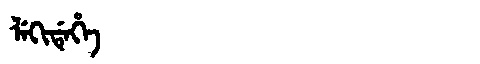
Manchu: ᠯᡝᡴᡳᡩᡝᡥᡝ
Romanization: LEKIDEHE